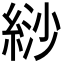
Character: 𦀛